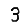
Digit: 3